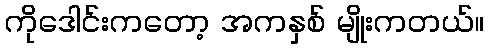
ကိုဒေါင်းကတော့ အကနှစ် မျိုးကတယ်။